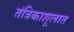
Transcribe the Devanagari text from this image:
तंत्रिकाशूलात